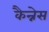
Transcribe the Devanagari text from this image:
कैन्नेस